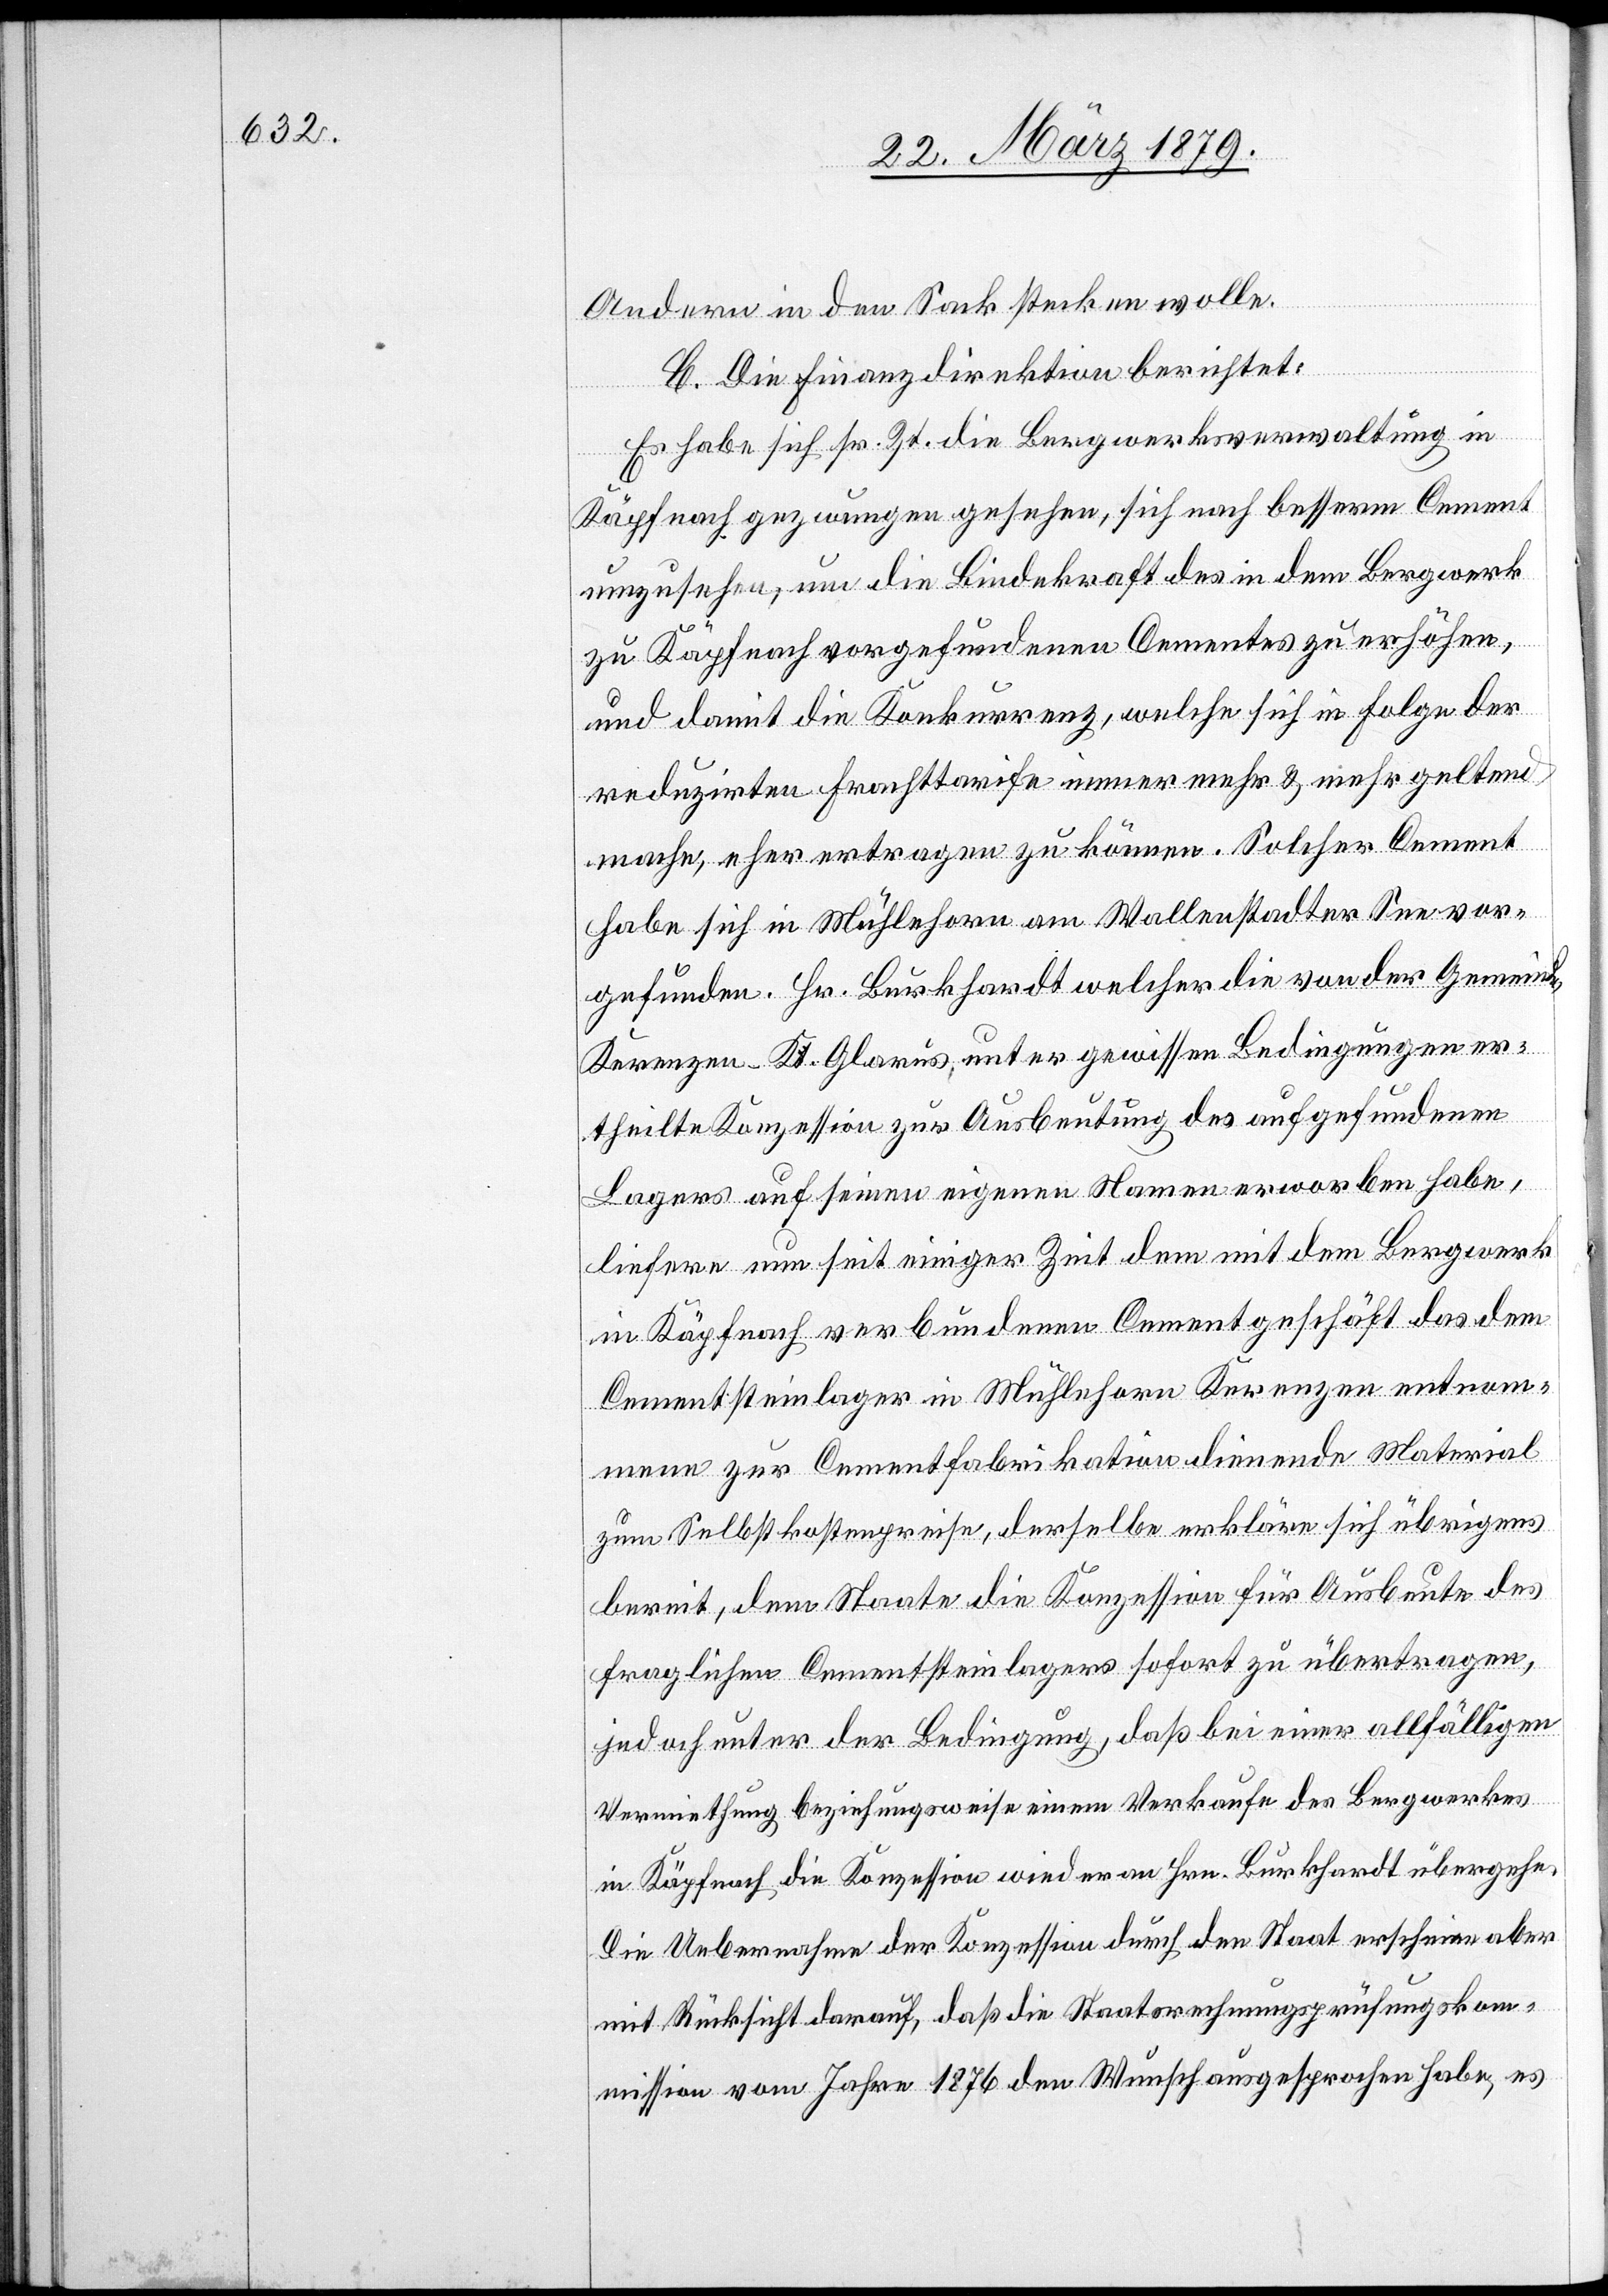
Andern in den Sack stecken wolle.
C. Die Finanzdirektion berichtet:
Es habe sich sr. Zt. die Bergwerksverwaltung in
Käpfnach gezwungen gesehen, sich nach besserm Cement
umzusehen, um die Bindekraft des in dem Bergwerk
zu Käpfnach vorgefundenen Cementes zu erhöhen,
und damit die Konkurrenz, welche sich in Folge der
reduzirten Frachttarife immer mehr & mehr geltend
mache, eher ertragen zu können. Solcher Cement
habe sich in Mühlehorn am Wallenstadter See vor¬
gefunden. Hr. Burkhardt welcher die von der Gemeinde
Kerenzen, Kt. Glarus, unter gewissen Bedingungen er¬
theilte Konzession zur Ausbeutung des aufgefundenen
Lagers auf seinen eigenen Namen erworben habe,
liefere nun seit einiger Zeit dem mit dem Bergwerk
in Käpfnach verbundenen Cementgeschäft das dem
Cementsteinlager in Mühlehorn Kerenzen entnom¬
mene zur Cementfabrikation dienende Material
zum Selbstkostenpreise, derselbe erkläre sich übrigens
bereit, dem Staate die Konzession für Ausbeute des
fraglichen Cementsteinlagers sofort zu übertragen,
jedoch unter der Bedingung, daß bei einer allfälligen
Vermiethung beziehungsweise einem Verkaufe des Bergwerkes
in Käpfnach die Konzession wieder an Hrn. Burkhardt übergehe.
Die Uebernahme der Konzession durch den Staat erscheine aber
mit Rücksicht darauf, daß die Staatsrechnungsprüfungskom¬
mission vom Jahre 1876 den Wunsch ausgesprochen habe, es